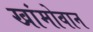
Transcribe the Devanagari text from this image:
खांमोवान